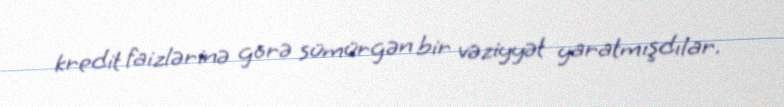
kredit faizlərinə görə sümürgən bir vəziyyət yaratmışdılar.